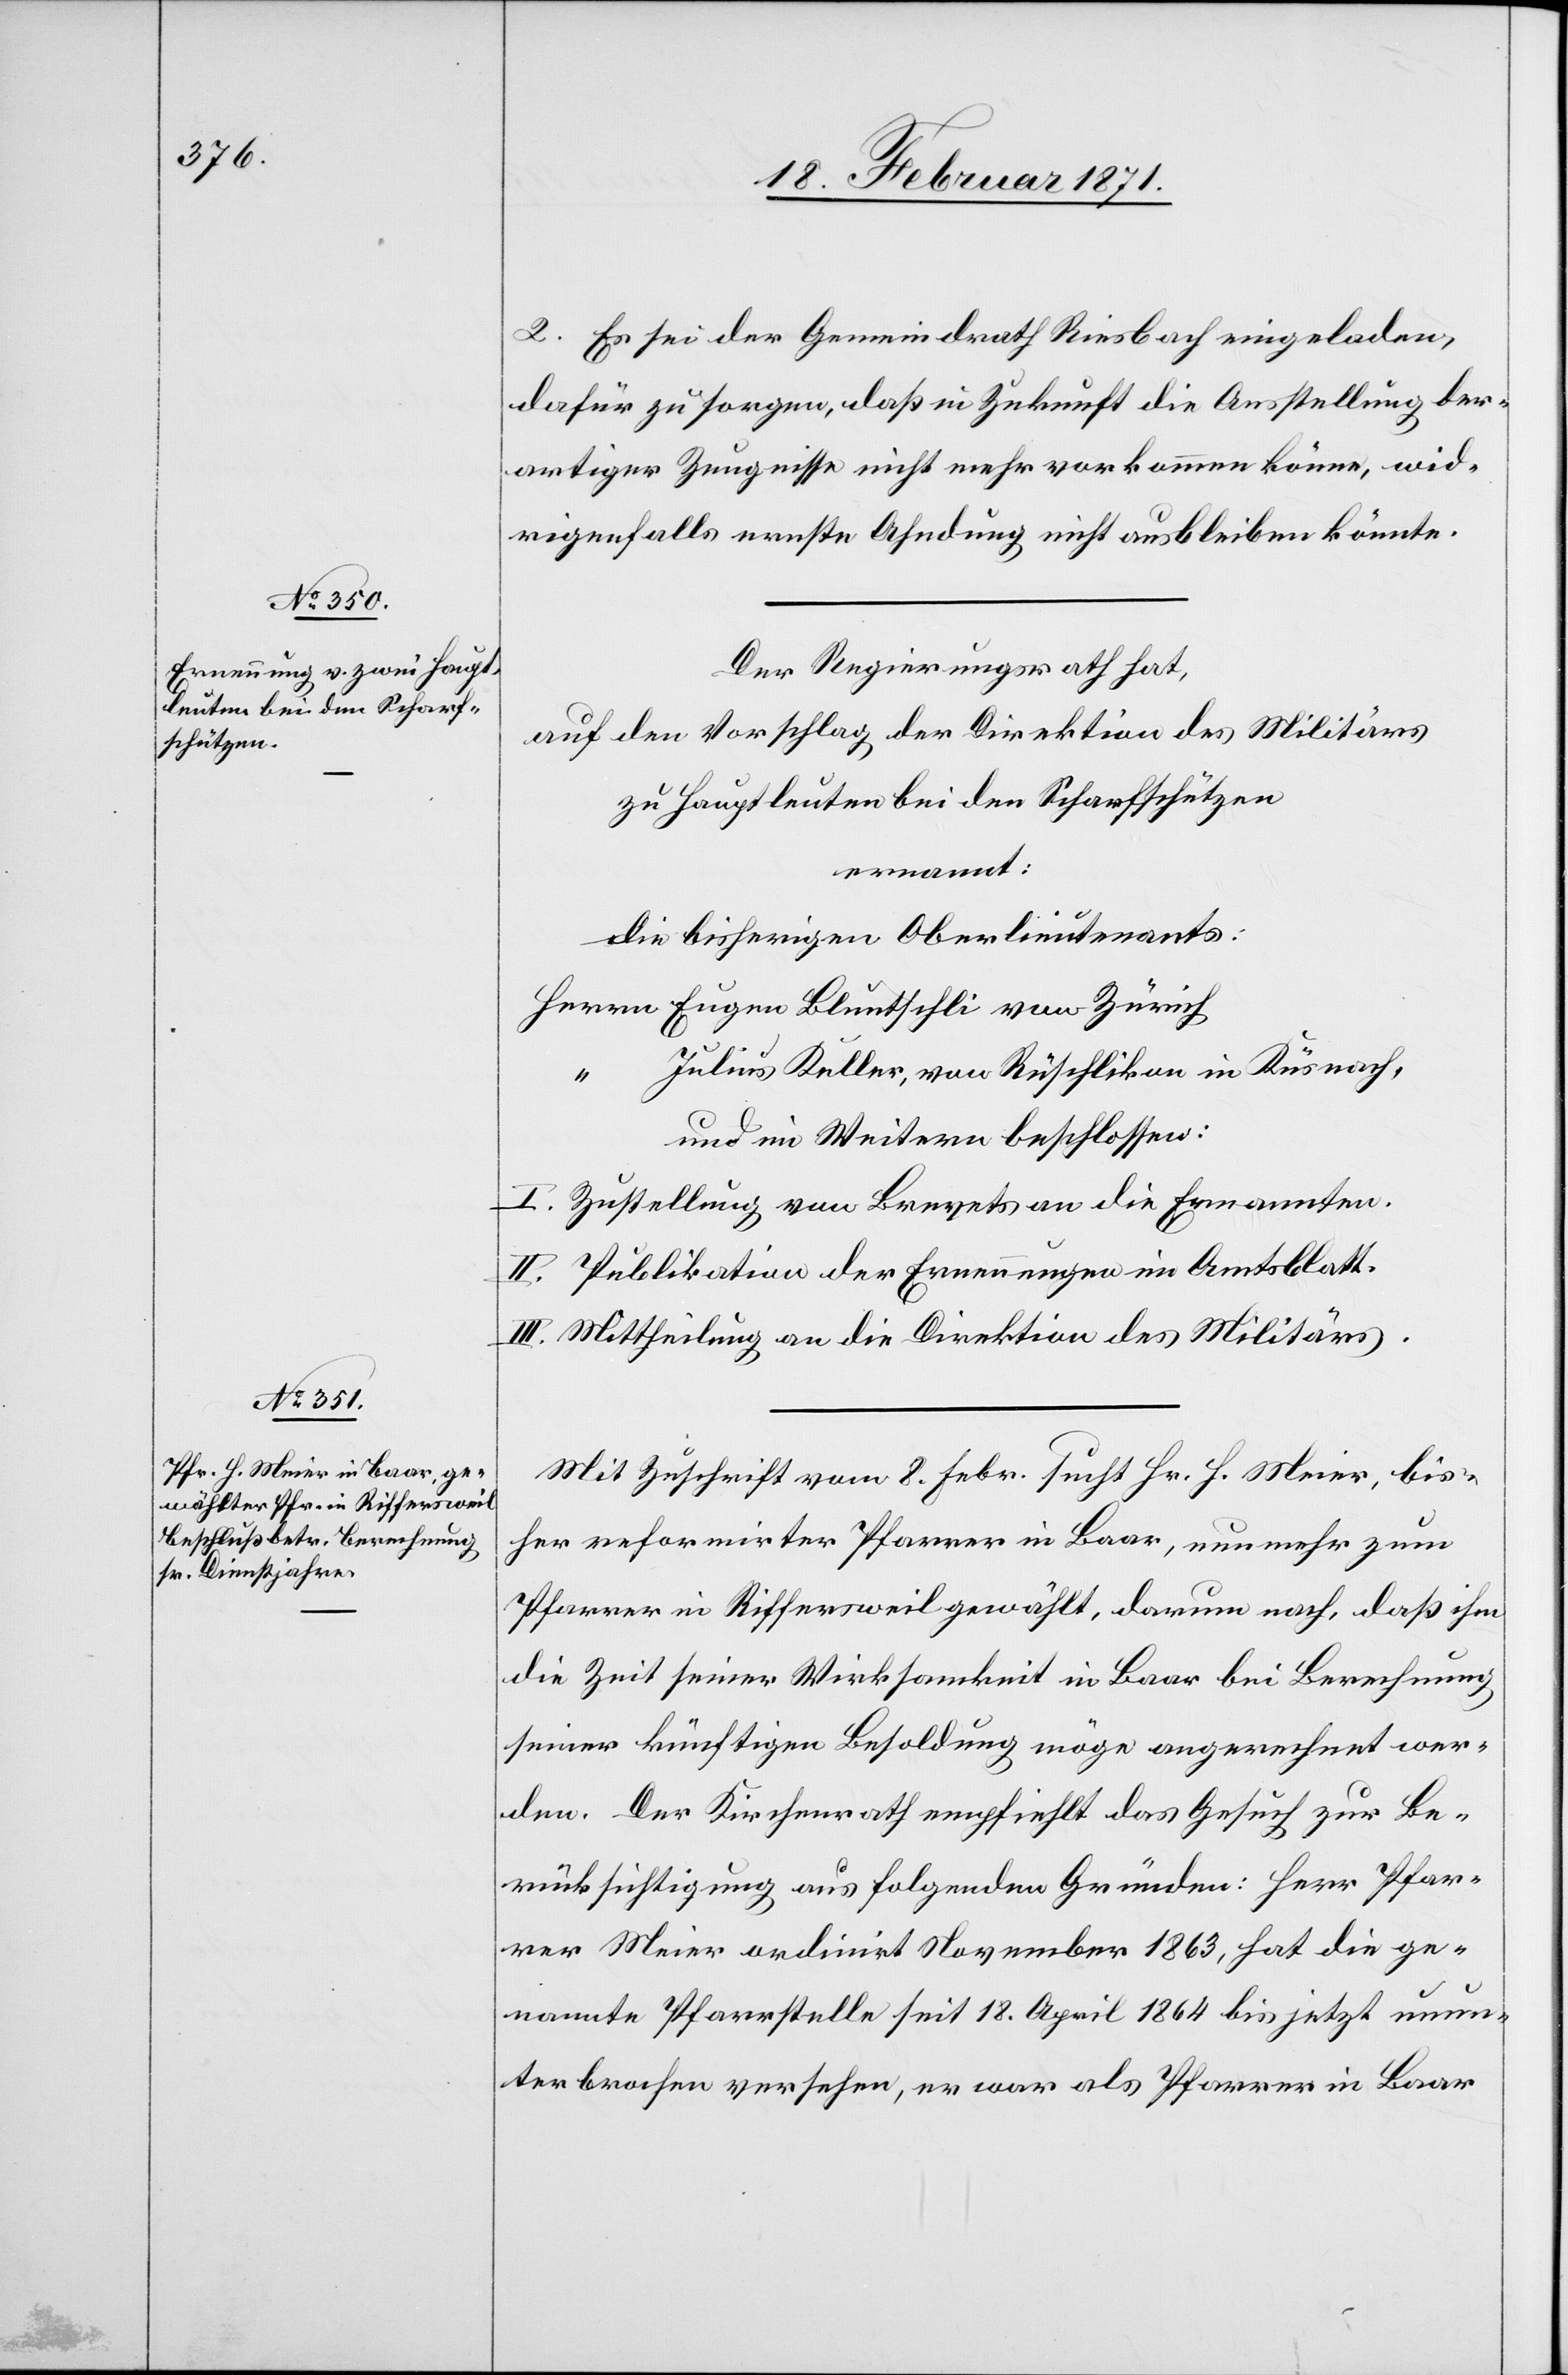
2. Es sei der Gemeindrath Riesbach eingeladen,
dafür zu sorgen, daß in Zukunft die Ausstellung der¬
artiger Zeugnisse nicht mehr vorkommen könne, wid¬
rigenfalls ernste Ahndung nicht ausbleiben könnte.
Der Regierungsrath hat,
auf den Vorschlag der Direktion des Militärs
zu Hauptleuten bei den Scharfschützen
ernannt:
die bisherigen Oberlieutenants:
Herrn Eugen Bluntschli von Zürich
Julius Keller, von Rüschlikon in Küsnacht,
und im Weitern beschlossen:
I. Zustellung von Brevets an die Ernannten.
II. Publikation der Ernennungen im Amtsblatt.
III. Mittheilung an die Direktion des Militärs.
Mit Zuschrift vom 8. Febr. sucht Hr. H. Meier, bis¬
her reformirter Pfarrer in Baar, nunmehr zum
Pfarrer in Riffersweil gewählt, darum nach, daß ihm
die Zeit seiner Wirksamkeit in Baar bei Berechnung
seiner künftigen Besoldung möge angerechnet wer¬
den. Der Kirchenrath empfiehlt das Gesuch zur Be¬
rücksichtigung aus folgenden Gründen: Herr Pfar¬
rer Meier ordinirt November 1863, hat die ge¬
nannte Pfarrstelle seit 18. April 1864 bis jetzt unun¬
terbrochen versehen, er war als Pfarrer in Baar